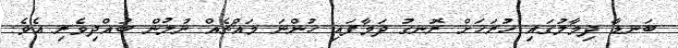
ބަނޑާ ދިމާލުގައި ހުރަހަށް ރޮނގު ދަމާފައި ހުންނަ މައްޗެއް ނުލުން ބުއްދިވެރި އެވެ.